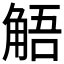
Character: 𮗰